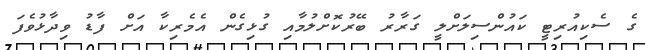
ގެ ސެކިއުރިޓީ ކައުންސިލަށްލީ ގަރާރު ބޭރުކޮށްލުމާއި ގުޅިގެން އެމެރިކާ އަށް ފާޑު ވިދާޅުވެފަ